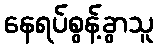
နေရပ်စွန့်ခွာသူ